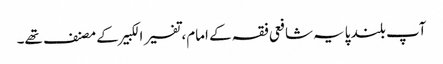
آپ بلند پایہ شافعی فقہ کے امام، تفسیر الکبیر کے مصنف تھے۔